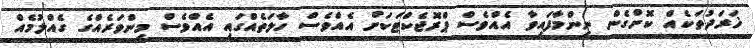
ޚަރަދުތަކެއް ކޮށްގެން ނިންމާފައިވާ އެއްވެސް ޕްރޮޖެކްޓަކަށް އެއްވެސް ހާލަތެއްގައި އެއްވެސް މިންވަރެއްގެ ގެއްލުމެއް